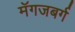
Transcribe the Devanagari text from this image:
मॅगजबर्ग